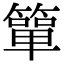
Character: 簞